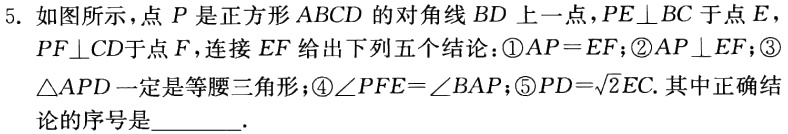
5. 如图所示，点\(P\)是正方形\(ABCD\)的对角线\(BD\)上一点，\(PE\perp BC\)于点\(E\)，\(PF\perp CD\)于点\(F\)，连接\(EF\)给出下列五个结论：\textcircled{1}\(AP = EF\)；\textcircled{2}\(AP\perp EF\)；\textcircled{3}\(\triangle APD\)一定是等腰三角形；\textcircled{4}\(\angle PFE=\angle BAP\)；\textcircled{5}\(PD = \sqrt{2}EC\). 其中正确结论的序号是________.